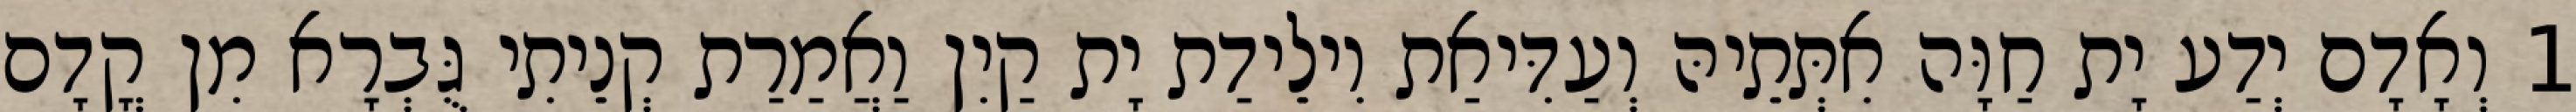
1 וְאָדָם יְדַע יָת חַוָּה אִתְּתֵיהּ וְעַדִּיאַת וִילֵידַת יָת קַיִן וַאֲמַרַת קְנֵיתִי גֻּבְרָא מִן קֳדָם